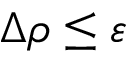
\Delta \rho \le \varepsilon